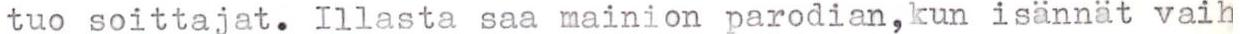
tuo soittajat. Illasta saa mainion parodian,kun isännät vaih